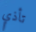
تأذي